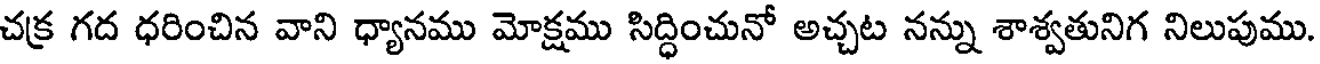
చక్ర గద ధరించిన వాని ధ్యానము మోక్షము సిద్ధించునో అచ్చట నన్ను శాశ్వతునిగ నిలుపుము.